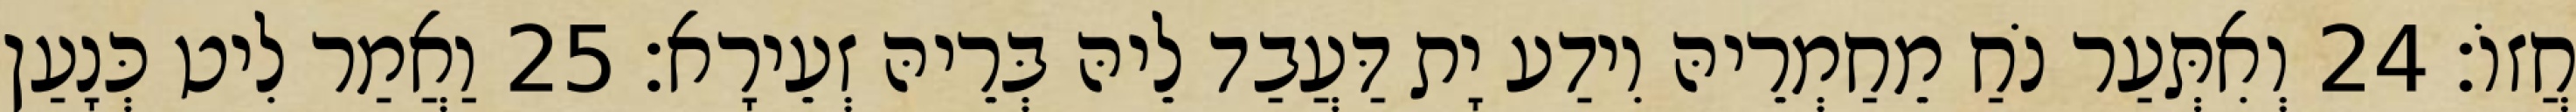
חֲזוֹ׃ 24 וְאִתְּעַר נֹחַ מֵחַמְרֵיהּ וִידַע יָת דַּעֲבַד לֵיהּ בְּרֵיהּ זְעֵירָא׃ 25 וַאֲמַר לִיט כְּנָעַן